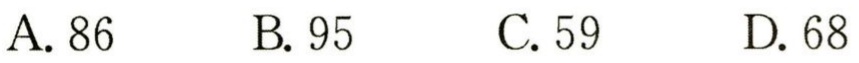
A. 86

B. 95

C. 59

D. 68